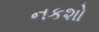
નકશો